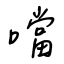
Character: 噹